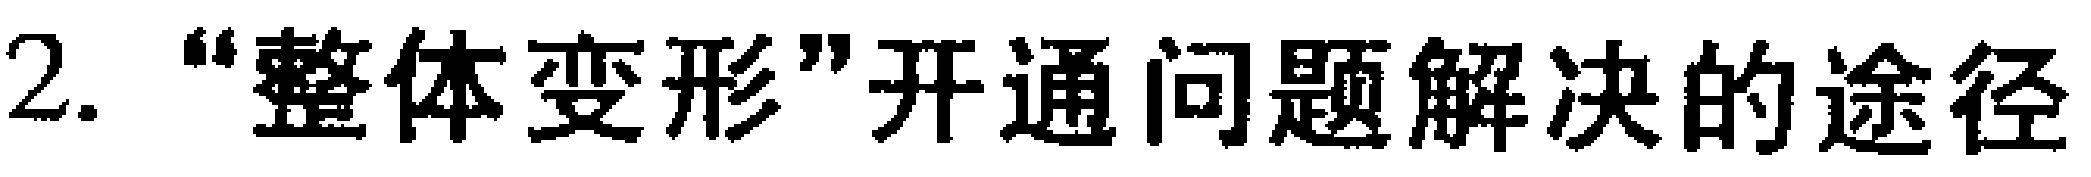
2. “整体变形”开通问题解决的途径